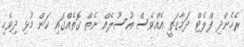
ރެހެންދި ފްލެޓް ދަމާގަތީ އެއްވެސް އުސޫލެއް ނެތް ގޮތެއްގައި ކަން މުޅި ދިވެހި